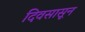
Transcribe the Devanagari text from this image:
दिवसासून